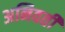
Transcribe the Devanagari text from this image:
अनिवर्ती